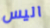
اليس